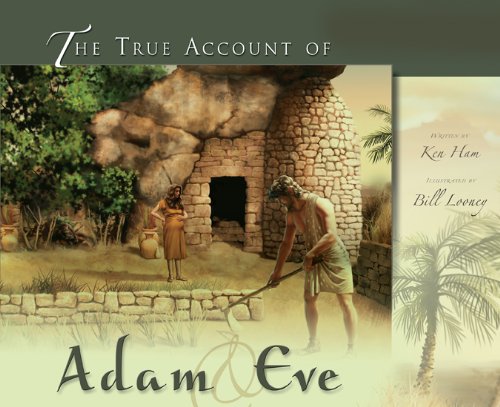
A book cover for The True Account of Adam & Eve; Ken Ham; Christian Books & Bibles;